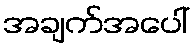
အချက်အပေါ်